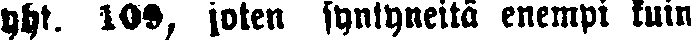
yht. 109, joten syntyneitä enempi kuin